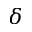
\delta